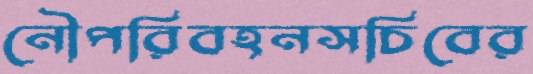
নৌপরিবহনসচিবের